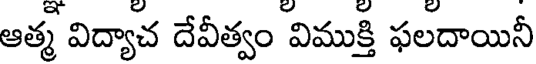
ఆత్మ విద్యాచ దేవీత్వం విముక్తి ఫలదాయినీ